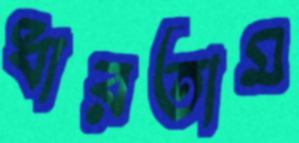
ধারতাম